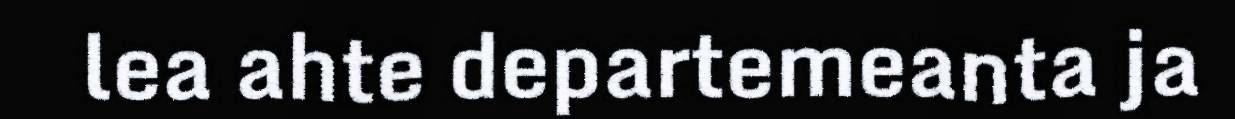
lea ahte departemeanta ja